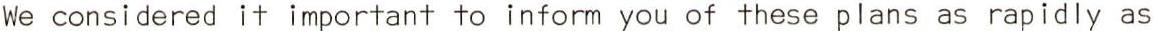
We considered it important to inform you of these plans as rapidly as